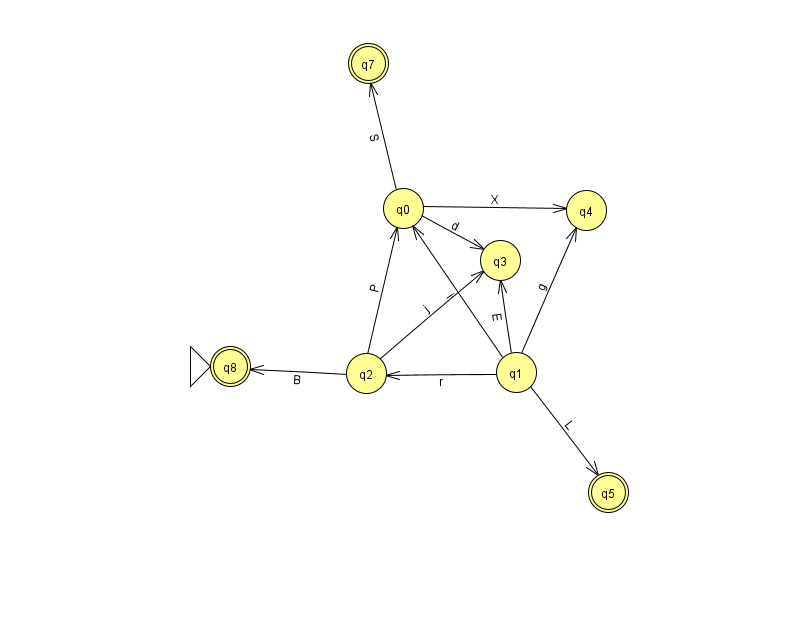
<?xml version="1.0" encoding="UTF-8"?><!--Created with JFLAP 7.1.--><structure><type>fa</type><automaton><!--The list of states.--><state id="0" name="q0"><x>403.0</x><y>195.0</y></state><state id="1" name="q1"><x>516.0</x><y>359.0</y></state><state id="2" name="q2"><x>366.0</x><y>360.0</y></state><state id="3" name="q3"><x>500.0</x><y>247.0</y></state><state id="4" name="q4"><x>586.0</x><y>197.0</y></state><state id="5" name="q5"><x>608.0</x><y>479.0</y><final/></state><state id="7" name="q7"><x>368.0</x><y>50.0</y><final/></state><state id="8" name="q8"><x>230.0</x><y>353.0</y><initial/><final/></state><!--The list of transitions.--><transition><from>1</from><to>0</to><read>i</read></transition><transition><from>2</from><to>0</to><read>P</read></transition><transition><from>2</from><to>3</to><read>j</read></transition><transition><from>1</from><to>3</to><read>E</read></transition><transition><from>1</from><to>5</to><read>L</read></transition><transition><from>2</from><to>8</to><read>B</read></transition><transition><from>0</from><to>4</to><read>X</read></transition><transition><from>1</from><to>2</to><read>r</read></transition><transition><from>0</from><to>3</to><read>d</read></transition><transition><from>1</from><to>4</to><read>g</read></transition><transition><from>0</from><to>7</to><read>S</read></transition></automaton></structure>